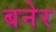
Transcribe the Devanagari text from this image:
बनेर